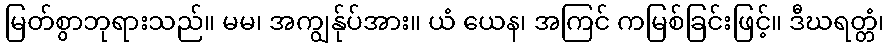
မြတ်စွာဘုရားသည်။ မမ၊ အကျွန်ုပ်အား။ ယံ ယေန၊ အကြင် ကမြစ်ခြင်းဖြင့်။ ဒီဃရတ္တံ၊